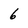
Character: 6